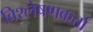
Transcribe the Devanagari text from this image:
विश्लेषणकर्त्ता